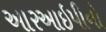
આરઆઇપીનો